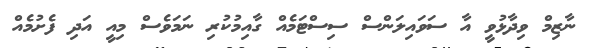
ނާޒިމް ވިދާޅުވީ އާ ސަވައިލަންސް ސިސްޓަމެއް ގާއިމުކުރި ނަމަވެސް މިއީ އަދި ފެށުމެއް